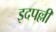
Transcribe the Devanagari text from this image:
इदपल्ली